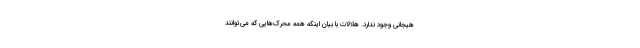
هیجانی وجود ندارد. هلالات با بیان اینکه همه محرک‌هایی که می‌توانند